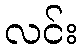
လင်း